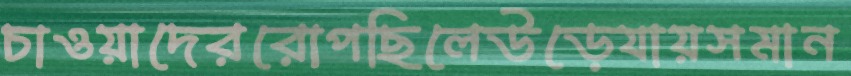
চাওয়াদেররোপছিলেউড়েযায়সমান